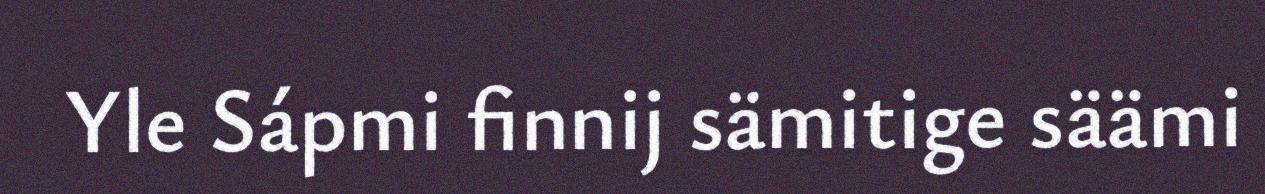
Yle Sápmi finnij sämitige säämi